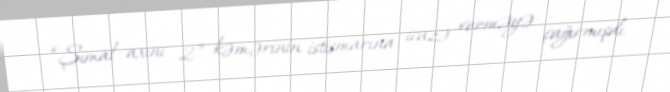
“Şimal axını 2” kəmərinin istismarına icazə verməyə çağırmışdı.